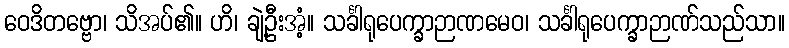
ဝေဒိတဗ္ဗော၊ သိအပ်၏။ ဟိ၊ ချဲ့ဦးအံ့။ သင်္ခါရုပေက္ခာဉာဏမေဝ၊ သင်္ခါရုပေက္ခာဉာဏ်သည်သာ။